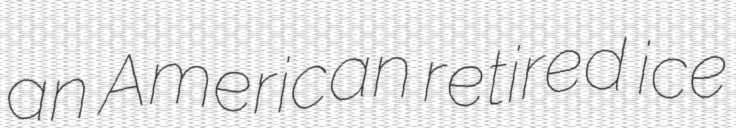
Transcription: an American retired ice